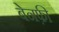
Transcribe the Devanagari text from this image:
बेनफ़ी